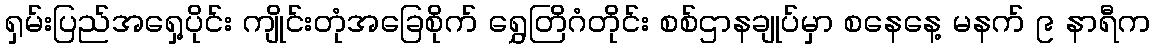
ရှမ်းပြည်အရှေ့ပိုင်း ကျိုင်းတုံအခြေစိုက် ရွှေတြိဂံတိုင်း စစ်ဌာနချုပ်မှာ စနေနေ့ မနက် ၉ နာရီက